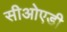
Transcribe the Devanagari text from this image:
सीओएडी